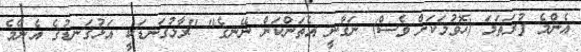
އެންމެ ފުރަތަމަ (ހޮވުމަކަށް ވެސް) ނަގާނީ އެތަންކަން ނޭނގެ" "ރާޅުގަނޑަކީ އަޅުގަނޑުގެ އެންމެ